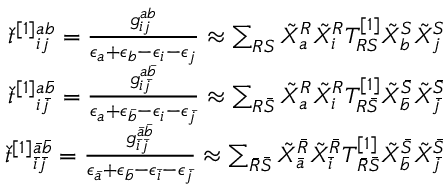
\begin{array} { r } { \check { t } ^ { [ 1 ] } { } _ { i j } ^ { a b } = \frac { g _ { i j } ^ { a b } } { \epsilon _ { a } + \epsilon _ { b } - \epsilon _ { i } - \epsilon _ { j } } \approx \sum _ { R S } \tilde { X } _ { a } ^ { R } \tilde { X } _ { i } ^ { R } T _ { R S } ^ { [ 1 ] } \tilde { X } _ { b } ^ { S } \tilde { X } _ { j } ^ { S } } \\ { \check { t } ^ { [ 1 ] } { } _ { i \bar { j } } ^ { a \bar { b } } = \frac { g _ { i \bar { j } } ^ { a \bar { b } } } { \epsilon _ { a } + \epsilon _ { \bar { b } } - \epsilon _ { i } - \epsilon _ { \bar { j } } } \approx \sum _ { R \bar { S } } \tilde { X } _ { a } ^ { R } \tilde { X } _ { i } ^ { R } T _ { R \bar { S } } ^ { [ 1 ] } \tilde { X } _ { \bar { b } } ^ { \bar { S } } \tilde { X } _ { \bar { j } } ^ { \bar { S } } } \\ { \check { t } ^ { [ 1 ] } { } _ { \bar { i } \bar { j } } ^ { \bar { a } \bar { b } } = \frac { g _ { \bar { i } \bar { j } } ^ { \bar { a } \bar { b } } } { \epsilon _ { \bar { a } } + \epsilon _ { \bar { b } } - \epsilon _ { \bar { i } } - \epsilon _ { \bar { j } } } \approx \sum _ { \bar { R } \bar { S } } \tilde { X } _ { \bar { a } } ^ { \bar { R } } \tilde { X } _ { \bar { i } } ^ { \bar { R } } T _ { \bar { R } \bar { S } } ^ { [ 1 ] } \tilde { X } _ { \bar { b } } ^ { \bar { S } } \tilde { X } _ { \bar { j } } ^ { \bar { S } } } \end{array}